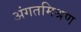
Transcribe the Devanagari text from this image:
अंगतमिश्रण